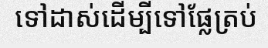
ទៅដាស់ដើម្បីទៅផ្លែត្រប់